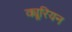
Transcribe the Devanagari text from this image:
क्यूरियन